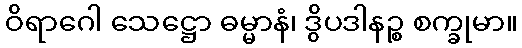
ဝိရာဂေါ သေဋ္ဌော ဓမ္မာနံ၊ ဒွိပဒါနဉ္စ စက္ခုမာ။